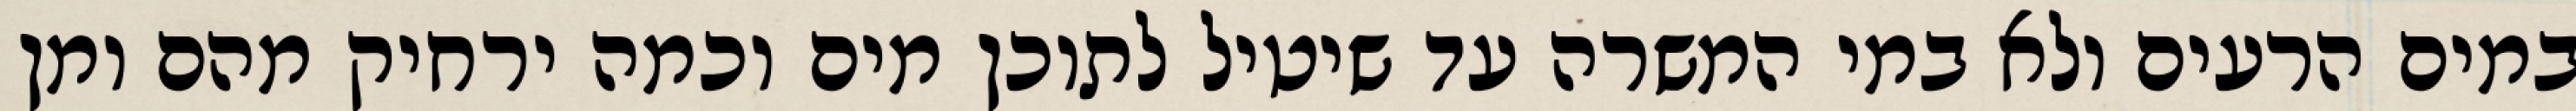
במים הרעים ולא במי המשרה עד שיטיל לתוכן מים וכמה ירחיק מהם ומן